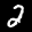
Label: 2